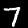
Digit: 7